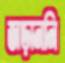
জড়াননি